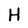
Character: H